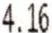
4.16